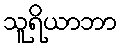
သူရိယာဘာ